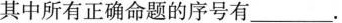
其中所有正确命题的序号有___,